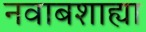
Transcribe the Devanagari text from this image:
नवाबशाह्या